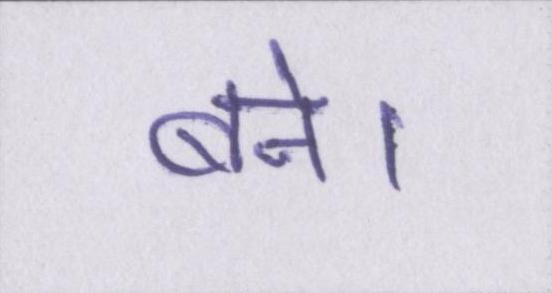
बने।